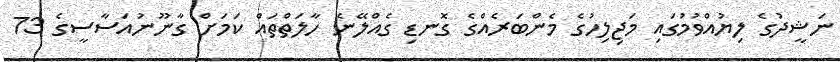
ނަޝީދުގެ ލިޔުއްވުމުގައި މަޖިލިހުގެ މެންބަރެއްގެ ގޮނޑި ގެއްލޭނެ ހާލަތްތައް ކަމަށް ގާނޫނުއަސާސީގެ 73